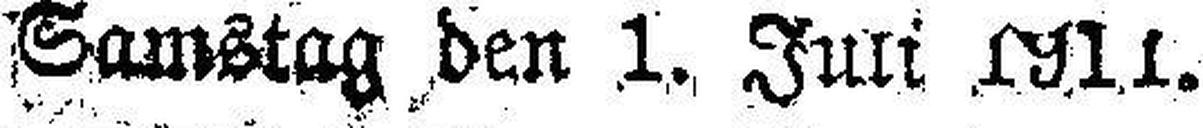
Samstag den 1. Juli 1911.